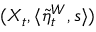
( X _ { t } , \langle \tilde { \eta } _ { t } ^ { W } , s \rangle )